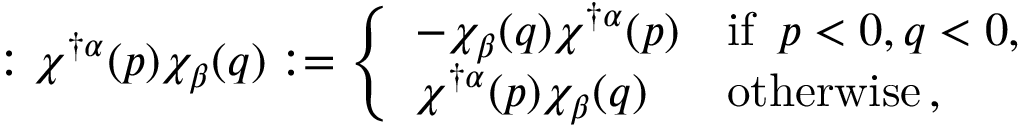
: \chi ^ { \dagger \alpha } ( p ) \chi _ { \beta } ( q ) : = \left\{ \begin{array} { l l } { { - \chi _ { \beta } ( q ) \chi ^ { \dagger \alpha } ( p ) } } & { { \mathrm { i f } \enspace p < 0 , q < 0 , } } \\ { { \chi ^ { \dagger \alpha } ( p ) \chi _ { \beta } ( q ) } } & { { \mathrm { o t h e r w i s e } \, , } } \end{array} \right.